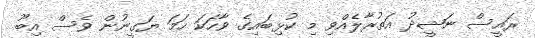
ރައީސް ނަޝީދު އަތުރާލެއްވި މި ކުޅިބައިގެ ވާހަކަ ހަމަ ޔަގީނުން ވެސް އިބޫ